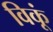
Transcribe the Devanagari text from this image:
विकूं